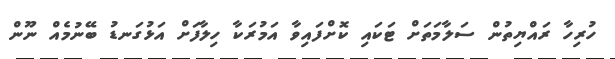
ހުރިހާ ރައްޔިތުން ސަލާމަތަށް ޓަކައި ކޮށްފައިވާ އަމުރަކާ ހިލާފަށް އަޅުގަނޑު ބޭނުމެއް ނޫން